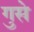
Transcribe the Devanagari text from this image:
गुसे